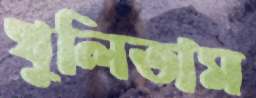
খুলিতাম